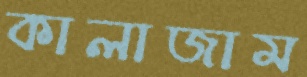
কালাজাম